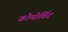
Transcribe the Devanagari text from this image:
कोमोर्बिद